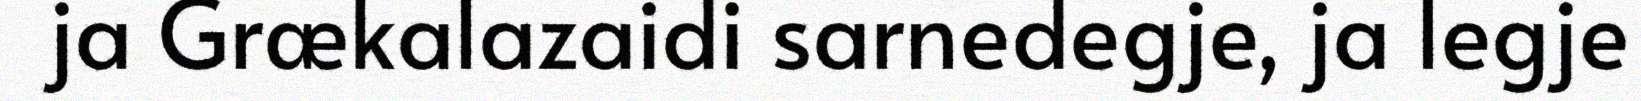
ja Grækalazaidi sarnedegje, ja legje